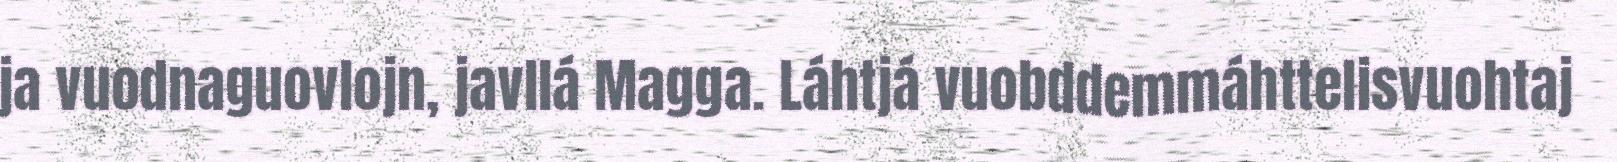
ja vuodnaguovlojn, javllá Magga. Láhtjá vuobddemmáhttelisvuohtaj